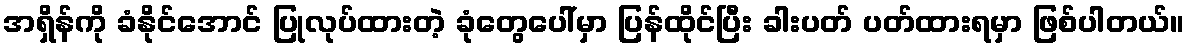
အရှိန်ကို ခံနိုင်အောင် ပြုလုပ်ထားတဲ့ ခုံတွေပေါ်မှာ ပြန်ထိုင်ပြီး ခါးပတ် ပတ်ထားရမှာ ဖြစ်ပါတယ်။